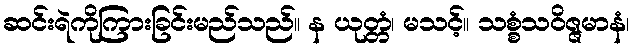
ဆင်းရဲကိုကြားခြင်းမည်သည်။ န ယုတ္တံ၊ မသင့်။ သစ္စံသဝိဇ္ဇမာနံ၊